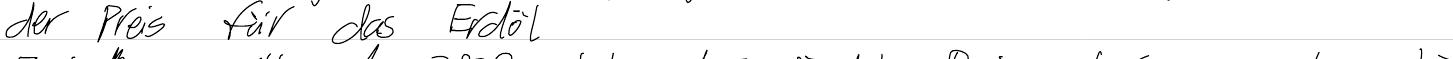
der Preis für das Erdöl